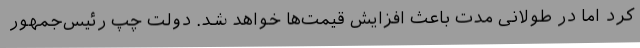
کرد اما در طولانی مدت باعث افزایش قیمت‌ها خواهد شد. دولت چپ رئیس‌جمهور